system: You are a helpful assistant.
user:
Analyze the provided spectrum to determine if it is a **M-type Giant (gM)**.

A M-type Giant spectrum is defined by its **strong molecular absorption** features, particularly from **Titanium Oxide (TiO)**. You must check for one of the following mutually exclusive signatures:

- **Key Visual Indicators (Absorption-Dominated Spectrum):**

    - **(Primary):** The spectrum is dominated by strong molecular absorption from **Titanium Oxide (TiO)**. This is the **defining feature** of its M-type temperature class.
        - **(Key Bandheads):** Look for sharp, "saw-tooth" absorption valleys. The strongest are located near **~7050 Å**, **~6160 Å**, and **~5170 Å**.
        - **(Line Profile):** The "saw-tooth" morphology is critical: a **sharp, steep drop on the BLUE (short-wavelength) side** of the bandhead, followed by a gradual recovery (rising flux) towards the RED (long-wavelength) side.

    - **(Key Confirmation - Giant vs. Dwarf):** **ABSENCE** of strong **Calcium Hydride (CaH)** molecular bands. This is the primary diagnostic for *excluding* M-dwarfs.
        - **(Key Region):** The spectrum should lack the strong, broad absorption band seen in dwarfs between **~6800 Å and ~7000 Å**.

    - **(Secondary Confirmation - Giant):** A very strong and broad **Neutral Calcium (Ca I)** atomic absorption line.
        - **(Key Line):** Located at **~4226 Å**. In a giant (gM), this line is significantly deeper and broader than the same line in an M-dwarf (dM) due to low surface gravity.

    - **(Overall Spectrum):**
        - The continuum is **extremely red-sloping** (i.e., flux is very low in the blue and rises dramatically towards the red).
        - The entire spectrum appears "chopped up" by the deep TiO bands.

Think first, call **spectral_visualization_tool** if needed to examine features in detail, then provide your final answer. Your response must adhere to the following strict rules:
1.  **Overall Structure:** Your response must follow the format `<think>...</think> <tool_call>...</tool_call> (if a tool is used) <answer>...</answer>`.
2.  **Tool Usage Constraint:** You may only make **one** tool call per turn.
3.  **Final Answer Format:** In the `<answer>` tag, your conclusion must be inside a `\boxed{}` command (e.g., `\boxed{YES}` or `\boxed{NO}`), followed by your justification.

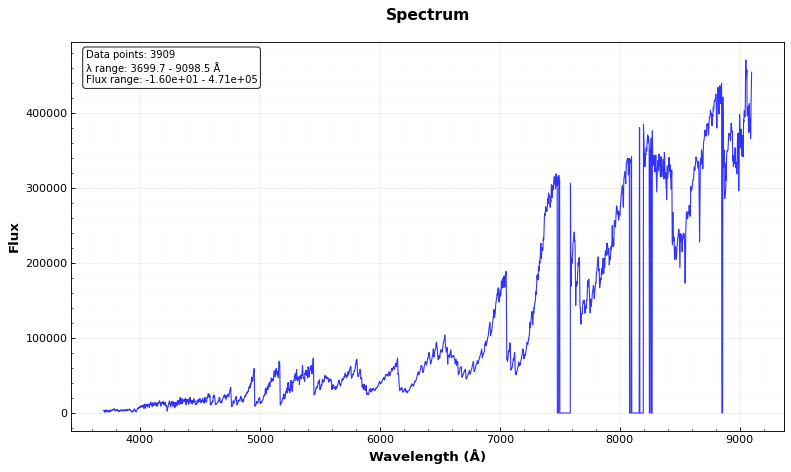
Answer: YES